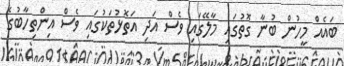
ބައެއް މީހުން ބުނާ ގޮތުގައި މާލޭގައި ވެސް އަދި އަތޮޅުތަކުގައި ވެސް އިންތިހާބުގެ